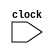
`timescale 1ns / 1ps


module audio(
    input clock

    );
    
    always @(posedge clock)
    begin
    
    
    
    end
endmodule